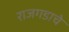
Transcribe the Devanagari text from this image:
राजगडाचे